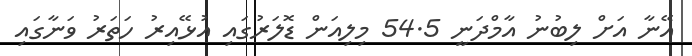
އޭނާ އަށް ލިބުނު އާމްދަނީ 54.5 މިލިއަން ޑޮލަރުގައި އުޅޭއިރު ހަތަރު ވަނާގައި